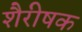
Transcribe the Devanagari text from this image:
शैरीषक